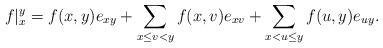
LaTeX: \begin{align*}f|_x^y=f(x,y)e_{xy}+\sum_{x\le v<y}f(x,v)e_{xv}+\sum_{x<u\le y}f(u,y)e_{uy}.\end{align*}